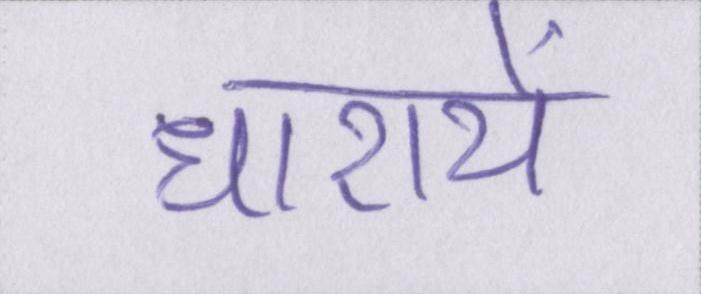
धारायें